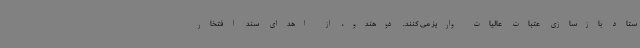
ستاد بازسازی عتبات عالیات واریز می کنند. دوهندو، از اهدای سند افتخار